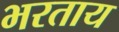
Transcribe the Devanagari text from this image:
भरताय